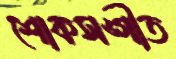
শোকসঙ্গীত